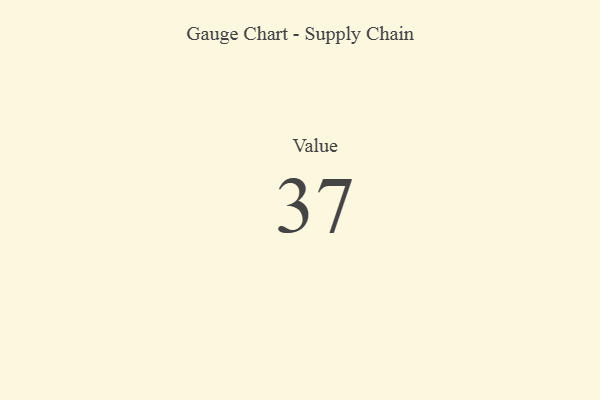
{"axis": {"x": "Metric", "y": "Value"}, "legend": [""], "data": [{"x": "Value", "y": 37, "type": ""}]}